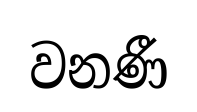
වනණී